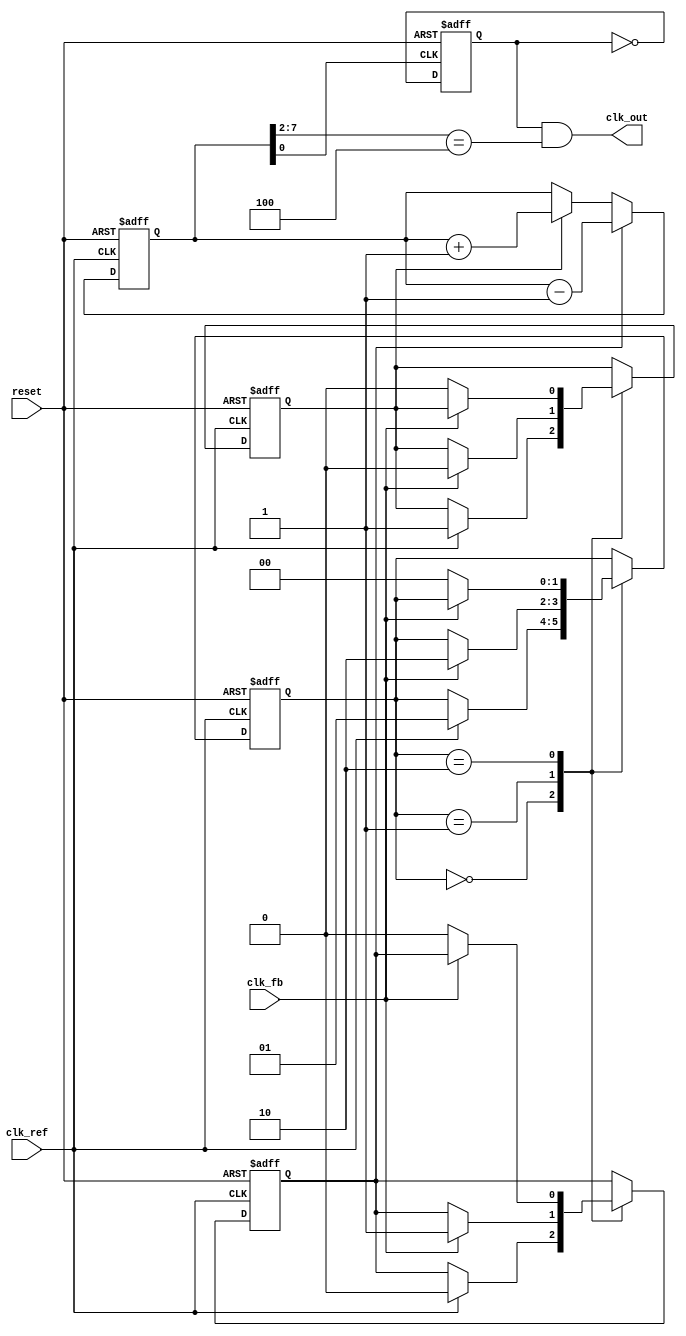
module type1_pll (
    input wire clk_ref,        // Reference clock input
    input wire clk_fb,         // Feedback clock input from VCO
    input wire reset,          // Asynchronous reset
    output wire clk_out        // Output clock
);

    // Parameters
    parameter N = 4;           // VCO multiplier
    parameter FILTER_SIZE = 8; // Loop filter size for smoothing

    // Internal signals
    reg [FILTER_SIZE-1:0] control_voltage; // Control voltage for VCO
    reg vco_clk;                        // VCO output clock
    reg pfd_out_up, pfd_out_down;      // PFD outputs
    reg [1:0] pfd_state;                // PFD state

    // PFD implementation
    always @(posedge clk_ref or posedge reset) begin
        if (reset) begin
            pfd_state <= 2'b00; // Reset PFD state
            pfd_out_up <= 0;
            pfd_out_down <= 0;
        end else begin
            case (pfd_state)
                2'b00: begin // Initial state
                    if (clk_ref) begin
                        pfd_out_up <= 1;
                        pfd_out_down <= 0;
                        pfd_state <= 2'b01; // Transition to state 1
                    end
                end
                2'b01: begin // Reference clock detected
                    if (clk_fb) begin
                        pfd_out_up <= 0;
                        pfd_out_down <= 1;
                        pfd_state <= 2'b10; // Transition to state 2
                    end
                end
                2'b10: begin // Feedback clock detected
                    if (!clk_fb) begin
                        pfd_out_up <= 0;
                        pfd_out_down <= 0;
                        pfd_state <= 2'b00; // Reset to initial state
                    end
                end
            endcase
        end
    end

    // Charge Pump implementation
    always @(posedge clk_ref or posedge reset) begin
        if (reset) begin
            control_voltage <= 0; // Reset control voltage
        end else begin
            if (pfd_out_up)
                control_voltage <= control_voltage + 1; // Increase voltage
            if (pfd_out_down)
                control_voltage <= control_voltage - 1; // Decrease voltage
        end
    end

    // VCO implementation
    always @(posedge control_voltage[0] or posedge reset) begin
        if (reset)
            vco_clk <= 0;
        else
            vco_clk <= ~vco_clk; // Toggle VCO clock
    end

    // Generate output clock based on VCO output and multiplier
    assign clk_out = (vco_clk && (control_voltage[FILTER_SIZE-1:2] == N));

endmodule